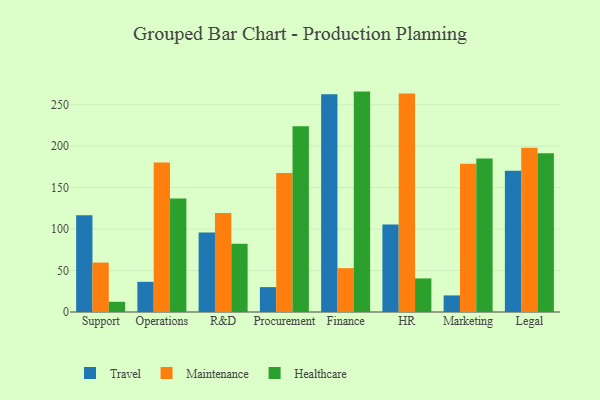
{"axis": {"x": "Department", "y": "Humidity (%)"}, "legend": ["Healthcare", "Maintenance", "Travel"], "data": [{"x": "Support", "y": 116.8, "type": "Travel"}, {"x": "Support", "y": 59.6, "type": "Maintenance"}, {"x": "Support", "y": 12.3, "type": "Healthcare"}, {"x": "Operations", "y": 36.4, "type": "Travel"}, {"x": "Operations", "y": 180.4, "type": "Maintenance"}, {"x": "Operations", "y": 136.9, "type": "Healthcare"}, {"x": "R&D", "y": 96.0, "type": "Travel"}, {"x": "R&D", "y": 119.3, "type": "Maintenance"}, {"x": "R&D", "y": 82.4, "type": "Healthcare"}, {"x": "Procurement", "y": 30.0, "type": "Travel"}, {"x": "Procurement", "y": 167.7, "type": "Maintenance"}, {"x": "Procurement", "y": 224.0, "type": "Healthcare"}, {"x": "Finance", "y": 262.6, "type": "Travel"}, {"x": "Finance", "y": 52.9, "type": "Maintenance"}, {"x": "Finance", "y": 265.8, "type": "Healthcare"}, {"x": "HR", "y": 105.6, "type": "Travel"}, {"x": "HR", "y": 263.6, "type": "Maintenance"}, {"x": "HR", "y": 40.5, "type": "Healthcare"}, {"x": "Marketing", "y": 20.0, "type": "Travel"}, {"x": "Marketing", "y": 178.7, "type": "Maintenance"}, {"x": "Marketing", "y": 185.2, "type": "Healthcare"}, {"x": "Legal", "y": 170.2, "type": "Travel"}, {"x": "Legal", "y": 198.1, "type": "Maintenance"}, {"x": "Legal", "y": 191.5, "type": "Healthcare"}]}